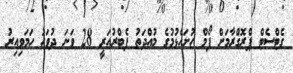
ގެޓްސެޓް ޕްރޮގްރާމަށް ފޯމް ހުށަހެޅުމުގެ މުއްދަތު ފެބްރުއަރީ 28 ވަނަ ދުވަހު ހަމަވިއިރު